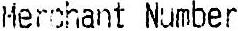
MERCHANT NUMBER